King Institute of Preventive Medicine Micro-Biological Section reports 1909-11
Year: 1909
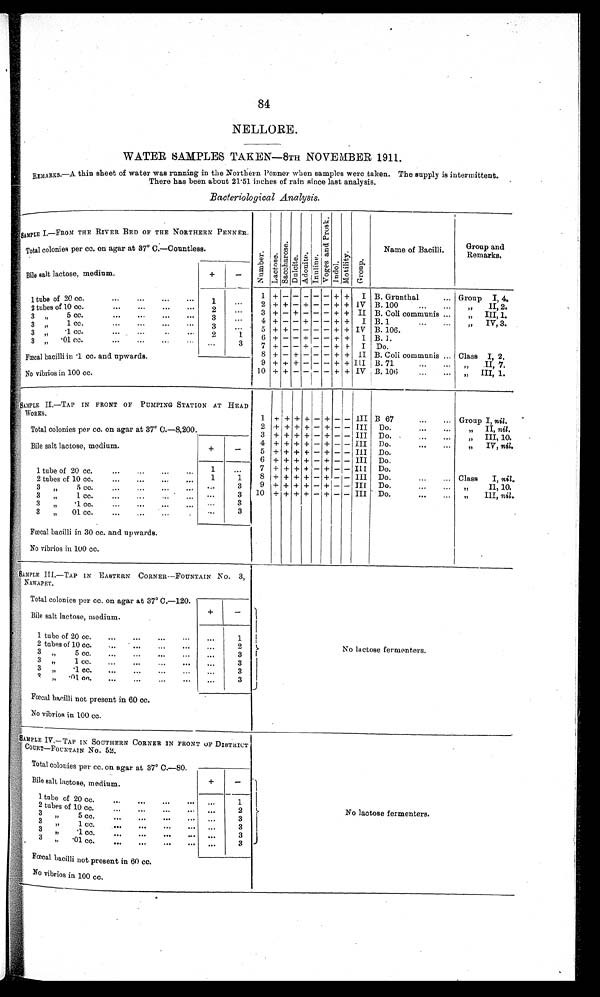
84
NELLORE.
WATER SAMPLES TAKEN—8TH NOVEMBER 1911 .
REMARKS.—A thin sheet of water was running in the Northern Penner when samples were taken. The supply is intermittent.
There has been about 21.51 inches of rain since last analysis.
Bacteriological Analysis.
S A M P L E I . — F R O M T H E R I V E R B E D O F T H E N O R T H E R N P E N N E R .
Number .
L a c t o s e .
S a c c h a r o s e .
D u l c i t e . A d o n i t e .
I n u l i n e .
V o g e s a n d P r o s k .
I n d o l .
M o t i l i t y . G r o u p .
Name of Bacilli.
Group and
Remarks.
Total colonies per cc. on agar at 37° C.—Countless.
Bile salt lactose, medium.
+
—
1 + - - - - - + + I B. Grunthal
. . . Group I, 4.
1 tube of 20 cc.
. . .
1
. . . 2 + + - + - - + + IV B. 100 . . .
II, 2 .
2 t u b e s o f 1 0 c c . . . .
2
. . . 3 + - + - - - + + II B. Coli communis . . .
II, 1.
3 ,, 5 CC.
. . .
3
. . . 4 + - - + - - + + I B.1
IV,3.
3
,, 1 C C . . . .
3
. . . 5 + + - - - - + + IV B. 106.
3 ,, .1 cc.
. . .
2
1
6 + - - + - - + + I B.I.
3 ,, 01 cc.
. . .
. . .
3
7 + - - + - - + + I Do.
Fœcal bacilli in 1. cc. and upwards.
8
+ - + - - - + + II B. Coli communis . . . Class I, 2.
9
+ + + - - - + + III B. 71
. . .
,, II, 7.
No vibrios in 100 cc.
10 + +
- - - - + + IV B. 106
. . .
,, III, 1.
SAMPLE II.—TAP IN FRONT OF PUMPING STATION AT READ
WORKS.
1 +
+ + +
- + - -
I I I B 67
. . .
Group I, nil.
Total colonies per cc. on agar at 37° C.—8,200.
2 + + + +
- +
- -
I I I Do. . . .
,, II, n il .
3 + + + + - + - -
I I I Do.
III,10.
Bile salt lactose, medium.
+
-
4 + + + + - + - -
i I I Do.
IV,nil..
5 +
+ + + - + - - III Do.
6 + + + + - + - - III Do.
1 tube of 20 cc.
. . .
1
. . .
7 + + + + - + - - III Do.
1
1
8 +
+ + + - + - - III Do. . . .
Class
I, nil.
2 tubes of 10 cc.
. . .
3
9 + + + + - + - - III. Do. . . .
,,II.10.
3 ,, 5 cc . . .
10 + + + + - + - - III Do.
III, nil.
3
. . .
3
„
1 cc.
. . . . . .
3
3
„
1 cc. . . .
3 „ 01 cc.
. . .
. . .
3
Fœcal bacilli in 30 cc. and upwards.
No vibrios in 100 cc.
SAMPLE III.—TAP IN EASTERN CORNER—FOUNTAIN No. 3,
NAWAPET.
No
l a c t o s e f e r m e n t e r s .
Total colonies per cc. on agar at 37° C.—120.
+
-
Bile salt lactose, medium.
1 tube of 20 cc.
. . .
. . .
1
2 tubes of 10 cc. . . .
. . .
2
3 ,, 5 cc. . . .
. . .
3
3 ,,
1 cc. . . .
. . .
3
3 ,, .1 cc. . . .
. . .
3
3 , , . 0 1 c c . . . .
. . .
3
Fœcal bacilli not present in 60 cc.
No vibrios in 100 cc.
SAMPLE IV.— TAP IN SOUTHERN CORNER IN FRONT OF DISTRICT
COURT— FOUNTAIN No. 52.
No lactose fermenters.
Total colonies per cc. on agar at 37° C.—80.
+
-
Bile salt lactose, medium .
1 tube of 20 cc. . . . . . .
1
,2
tubes of 10 cc. . . . . . .
2
3
„
5 cc. . . . . . .
3
3 , , 1 c c . . . .
. . .
3
3
. . .
. . .
3
3 , , . 01. . . .
. . . 3
Fœcal bacilli not present in 60 cc.
No vibrios in 100 cc.